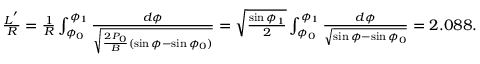
\begin{array} { r } { \frac { L ^ { ' } } { R } = \frac { 1 } { R } \int _ { \phi _ { 0 } } ^ { \phi _ { 1 } } \frac { d \phi } { \sqrt { \frac { 2 P _ { 0 } } { B } ( \sin \phi - \sin \phi _ { 0 } ) } } = \sqrt { \frac { \sin \phi _ { 1 } } { 2 } } \int _ { \phi _ { 0 } } ^ { \phi _ { 1 } } \frac { d \phi } { \sqrt { \sin \phi - \sin \phi _ { 0 } } } = 2 . 0 8 8 . } \end{array}